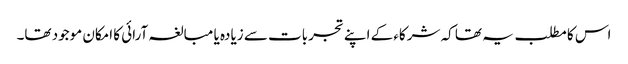
اس کا مطلب یہ تھا کہ شرکاء کے اپنے تجربات سے زیادہ یا مبالغہ آرائی کا امکان موجود تھا۔